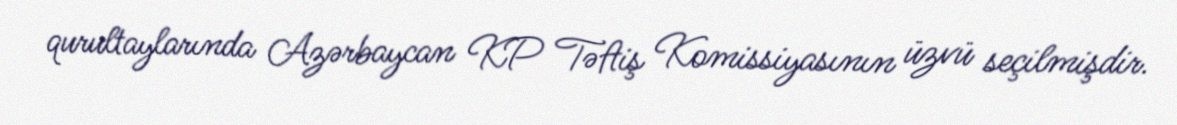
qurultaylarında Azərbaycan KP Təftiş Komissiyasının üzvü seçilmişdir.